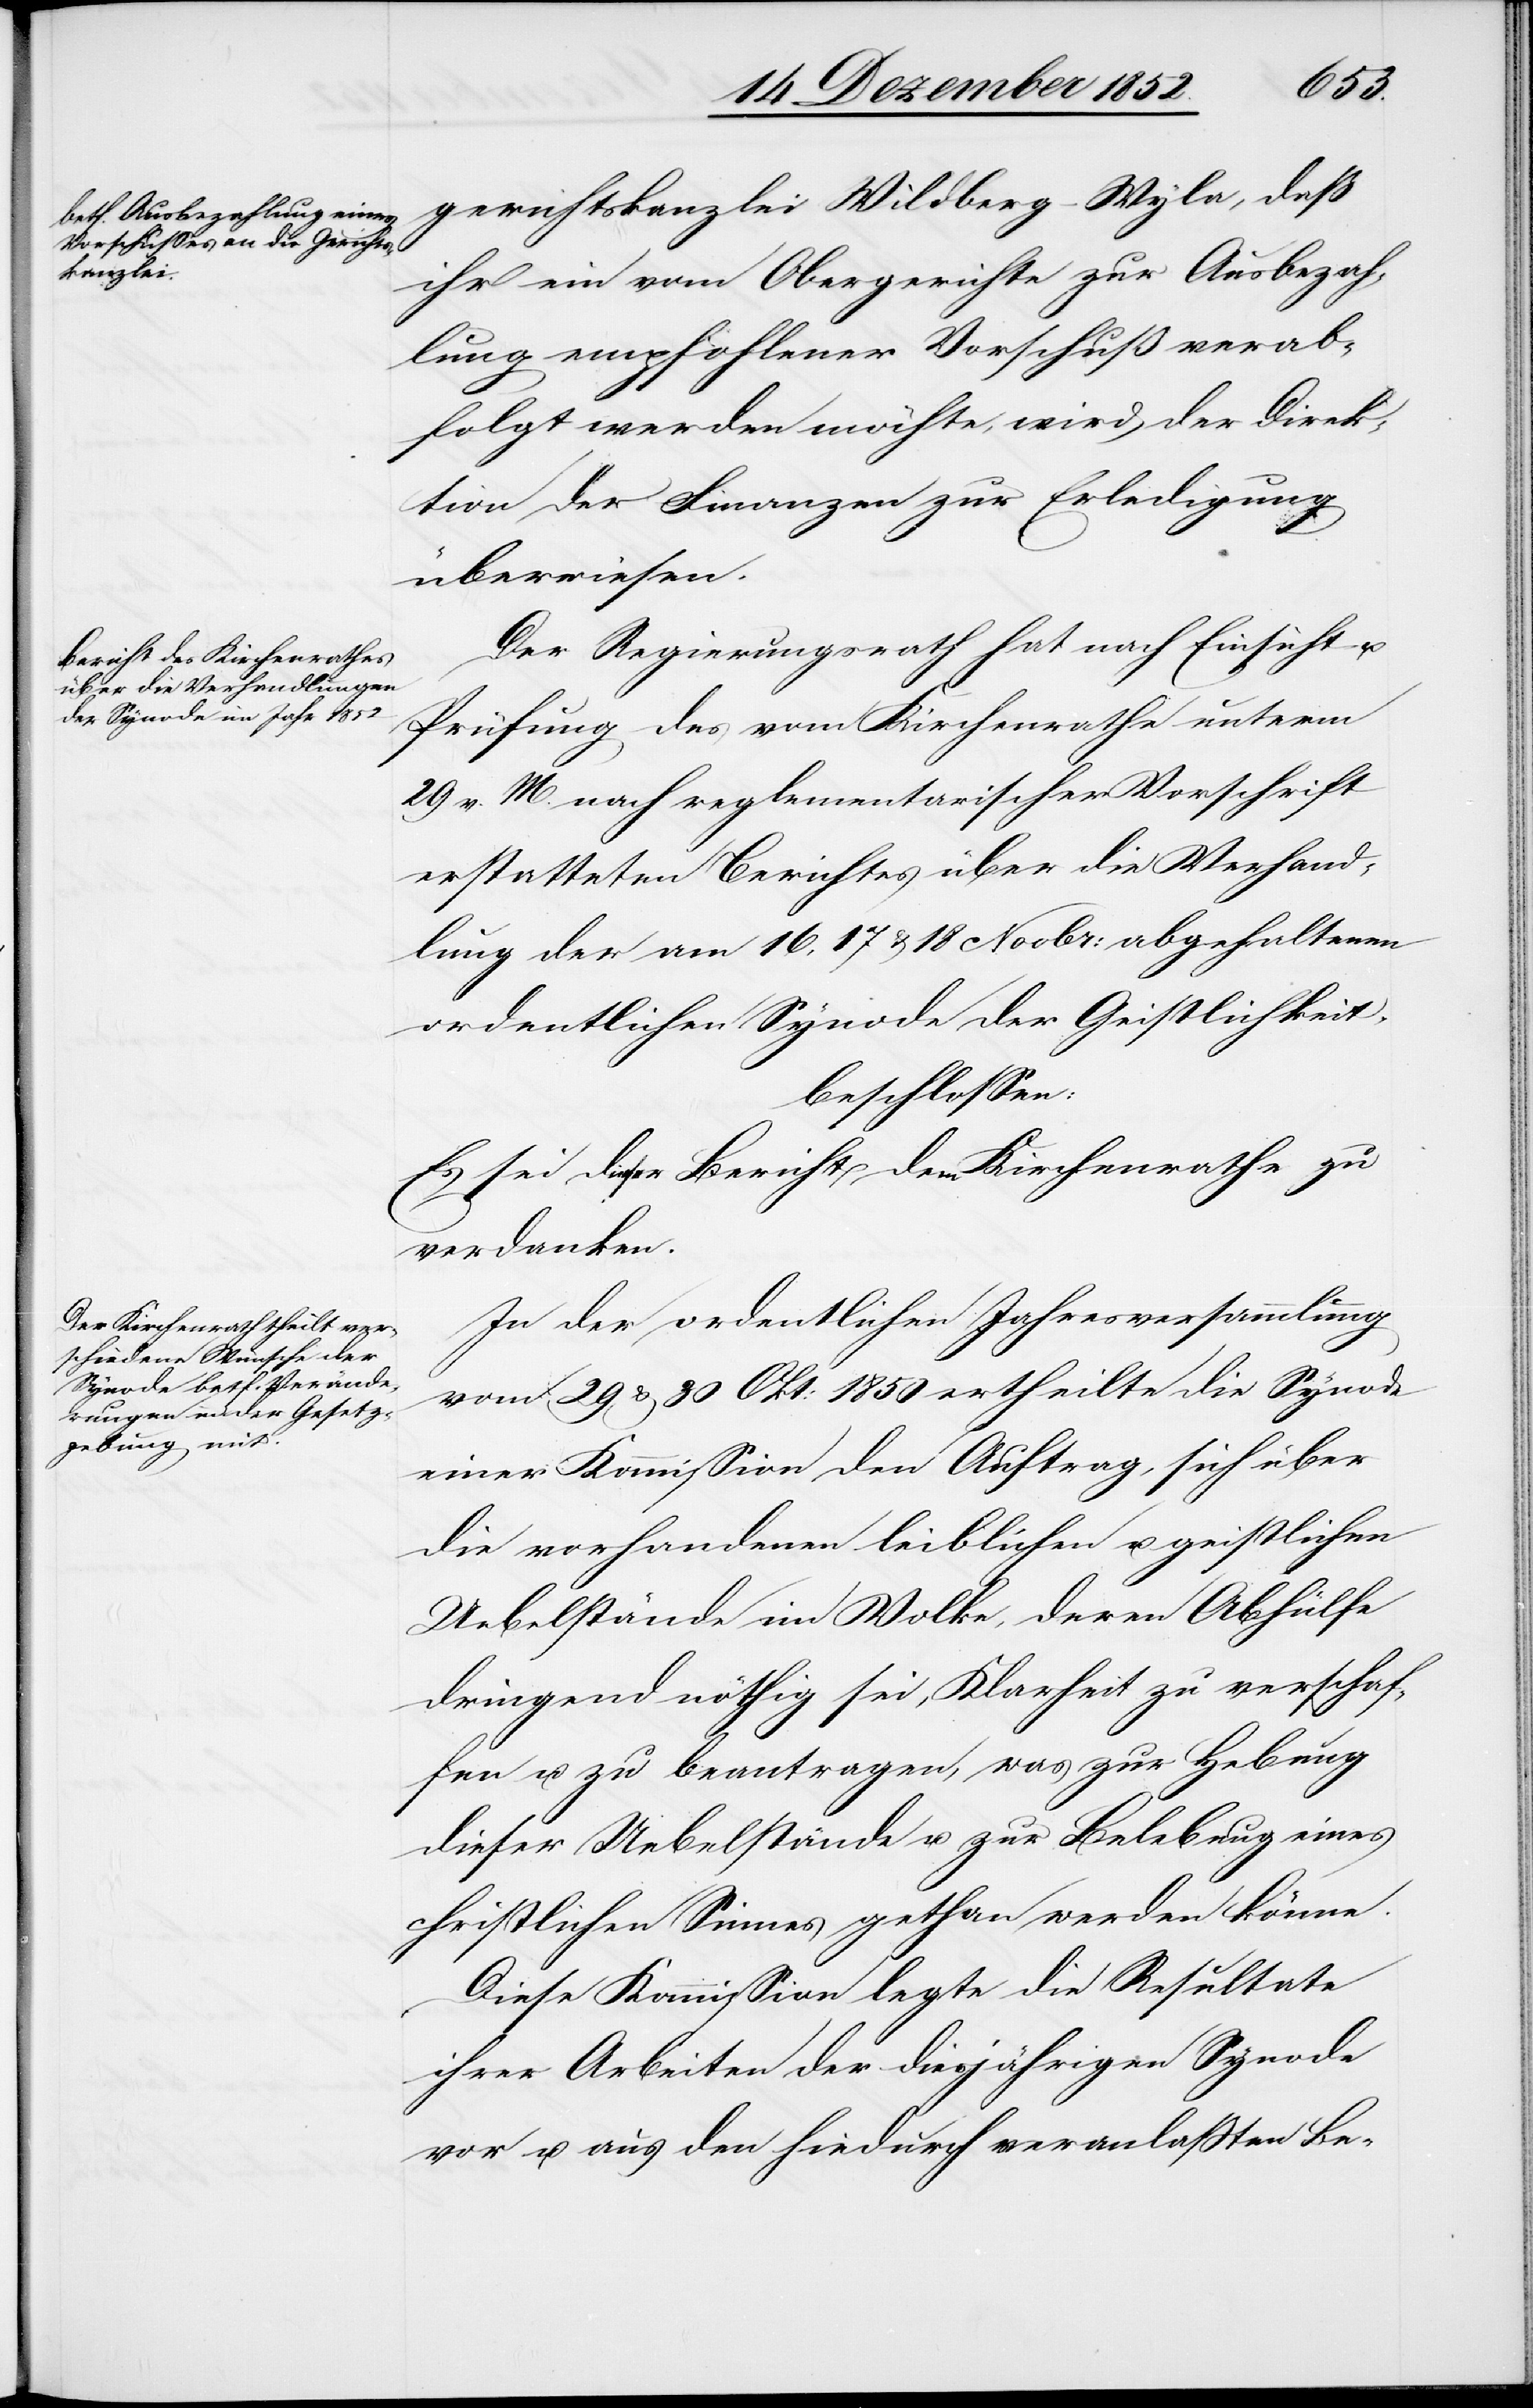
gerichtskanzlei Wildberg-Wyla, daß
ihr ein vom Obergerichte zur Ausbezah¬
lung empfohlener Vorschuß verab¬
folgt werden möchte, wird der Direk¬
tion der Finanzen zur Erledigung
überwiesen.
Der Regierungsrath hat nach Einsicht u.
Prüfung des vom Kirchenrathe unterm
29 v. M. nach reglementarischer Vorschrift
erstatteten Berichtes über die Verhand¬
lung der am 16, 17 & 18 Novbr: abgehaltenen
ordentlichen Synode der Geistlichkeit,
beschlossen:
Es sei dieser Bericht dem Kirchenrathe zu
verdanken.
In der ordentlichen Jahresversammlung
vom 29 & 30 Okt: 1850 ertheilte die Synode
einer Kommission den Auftrag, sich über
die vorhandenen leiblichen u. geistlichen
Uebelstände im Volke, deren Abhülfe
dringend nöthig sei, Klarheit zu verschaf¬
fen u. zu beantragen, was zur Hebung
dieser Uebelstände u. zur Belebung eines
christlichen Sinnes gethan werden könne.
Diese Kommission legte die Resultate
ihrer Arbeiten der diesjährigen Synode
vor u. aus den hiedurch veranlaßten Be-